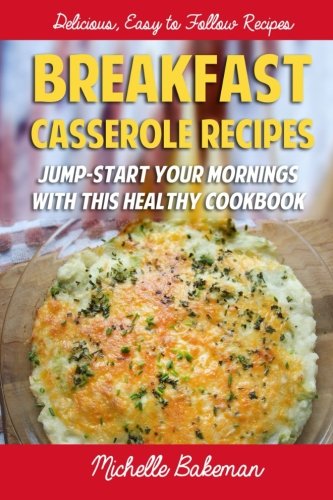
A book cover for Breakfast Casserole Recipes: Jump-Start Your Mornings With This Healthy Cookbook; Michelle Bakeman; Cookbooks, Food & Wine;